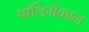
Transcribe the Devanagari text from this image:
पॉलिमेकान